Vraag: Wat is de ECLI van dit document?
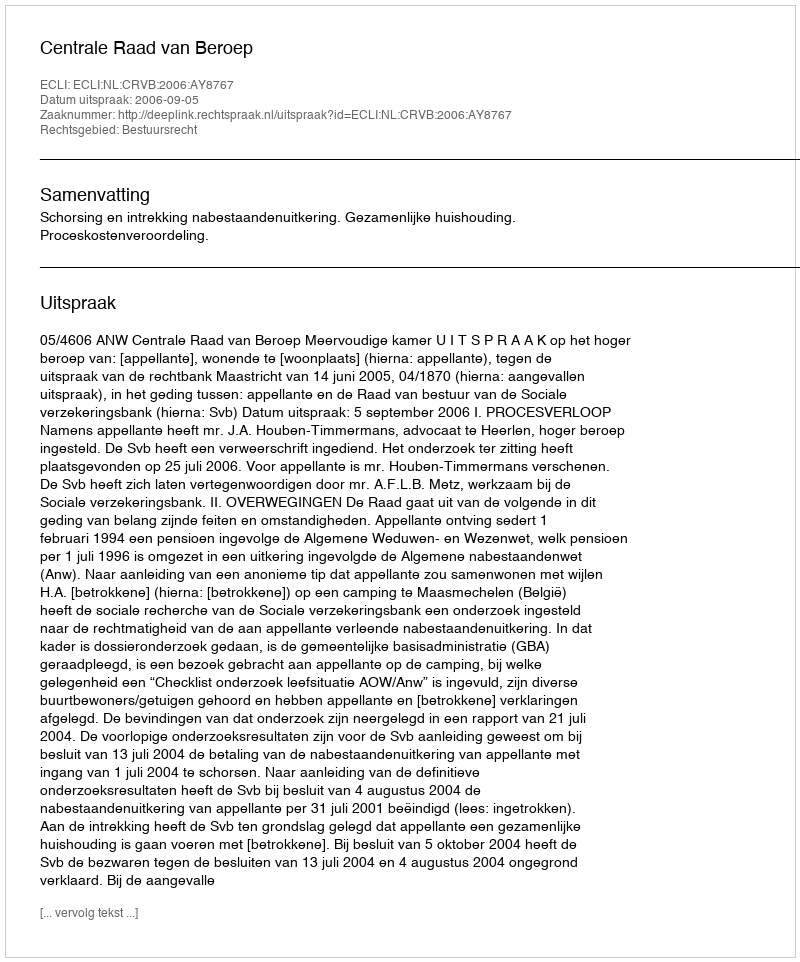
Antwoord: ECLI:NL:CRVB:2006:AY8767